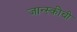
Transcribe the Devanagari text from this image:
जान्स्कीची